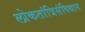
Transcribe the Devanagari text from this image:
लोकतांत्रिसंविधान